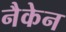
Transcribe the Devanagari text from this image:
नैकेन